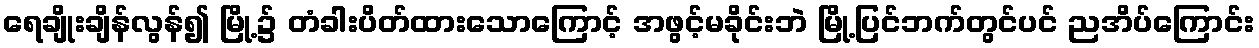
ရေချိုးချိန်လွန်၍ မြို့၌ တံခါးပိတ်ထားသောကြောင့် အဖွင့်မခိုင်းဘဲ မြို့ပြင်ဘက်တွင်ပင် ညအိပ်ကြောင်း